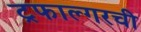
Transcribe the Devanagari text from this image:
ट्रफाल्गरची